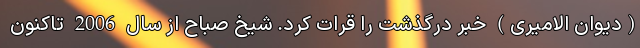
(دیوان الامیری) خبر درگذشت را قرات کرد. شیخ صباح از سال 2006 تاکنون